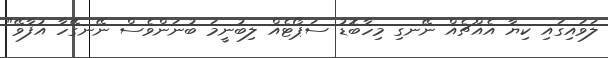
ލަވައިގައި ކިޔާ އެއްޗެއް ނޭނގި މިހާބޮޑު ސަޕޯޓެއް ލިބުނީމަ ބުނަންވެސް ނޭނގޭހާ އުފާވޭ"